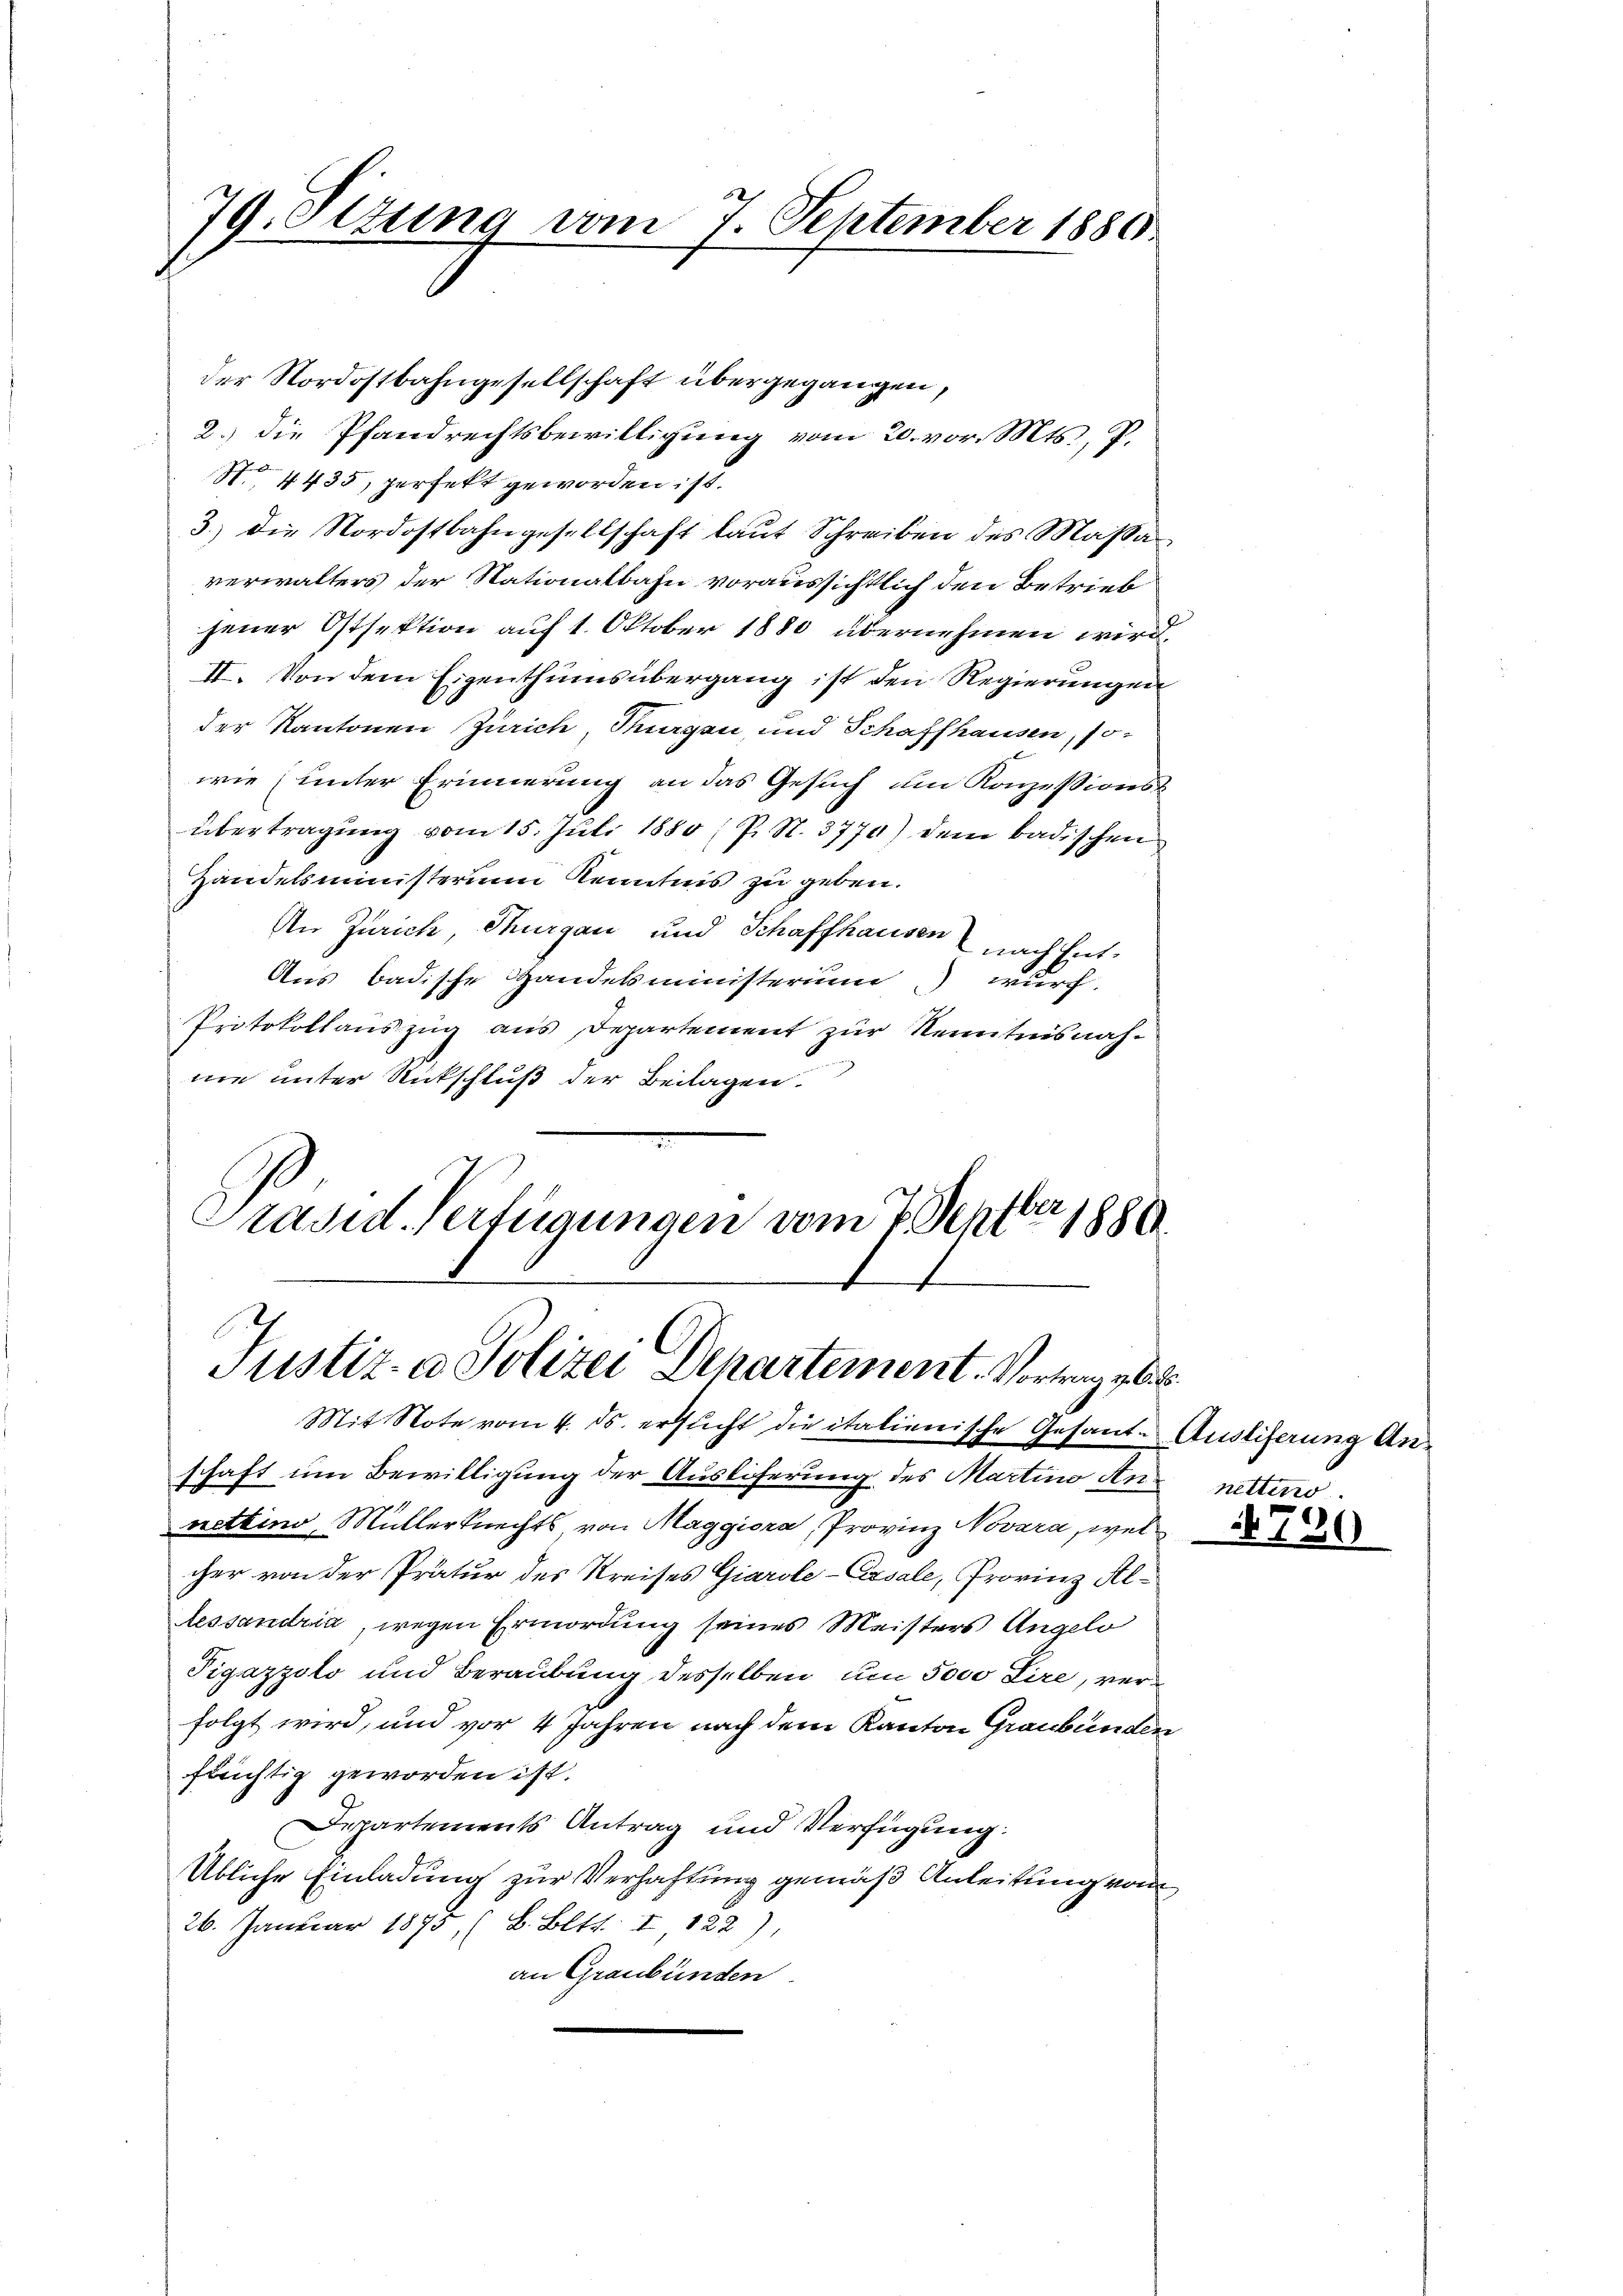
79. Situng vom 7. September 1880

2.) die Pfandrechtsbewilligung vom 20. vor. Mts., P.
No. 4435, perfekt geworden ist.
3.) die Nordostbahngesellschaft laut Schreiben des Massaverwalters der Nationalbahn voraussichtlich den Betrieb
jener Ostsektion auf 1. Oktober 1880 übernehmen wird,
II. Von dem Eigenthumsübergang ist den Regierungen
der Kantonen Zürich, Turgen, und Schaffhausen, so-
wie (unter Erinnerung an das Gesuch um Konzessionsübertragung vom 15. Juli 1880 (s. S. 3770) dem badischen
Handelsministerim Kenntnis zu geben.
An Zürich, Thurgau und Schaffhausen nach hat.
Aus badische Handelsministerium wurf,
Protokollauszug aus Departement zŭr Kenntnisnah-
nie unter Rückschluß der Beilagen.
Präsid. Verfügungen vom 7. Septbr 1886

der Nordostbahngesellschaft übergegangen,

Justiz- & Polizei Dehartement. Vortrag v

Mit Note vom 4. ds. ersucht die italienische Gesand-Ausliferung Anschaft um Bewilligung der Auslieferung des Martino Annettino, Müllerknechts von Maggiora, Provinz Novara, wel
cher von der Prätur des Kreises Giarole-Cassale, Provinz Allessandria, wegen Ermordung seines Meisters Angelo
Pigazzoto und Beraubung desselben um 5000 Lire, verfolgt wird, und vor 4 Jahren nach dem Kanton Graubünden
fünftig geworden ist.
Departements Antrag und Verfügung:
Übliche Einladung zur Verhaftung gemäß Anleitung vom
26. Januar 1895 (B. Bett. I 122).
an Graubünden

.
netteno

720